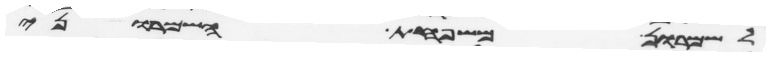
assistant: לשמרון משפחת השמרוני